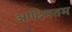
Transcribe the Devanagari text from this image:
आदिमतम